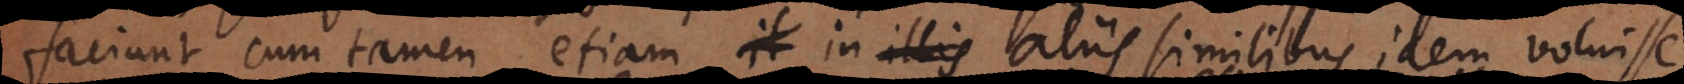
faciunt, cum tamen etiam in aliis similibus idem vo